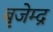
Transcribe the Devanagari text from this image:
बृजेम्द्र